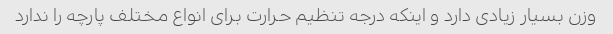
وزن بسیار زیادی دارد و اینکه درجه تنظیم حرارت برای انواع مختلف پارچه را ندارد